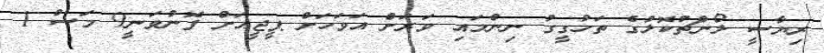
ރިޔާސީ ލޯންޗުކޮޅުގެ ތަހުގީގު ނިންމައި ވަރަށް އަވަހަށް ޕީޖީއަށް ފޮނުވަނީ9 މަސް 1